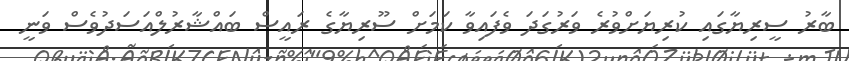
ބާރު ސީރިޔާގައި ކުރިޔަށްވުރެ ވަރުގަދަ ވެފައިވާ ކަމަށް ސޫރިޔާގެ ރައީސް ބައްޝާރުލްއަސަދުވެސް ވަނީ